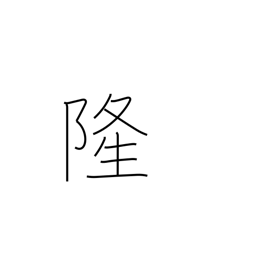
Meaning: prosperity